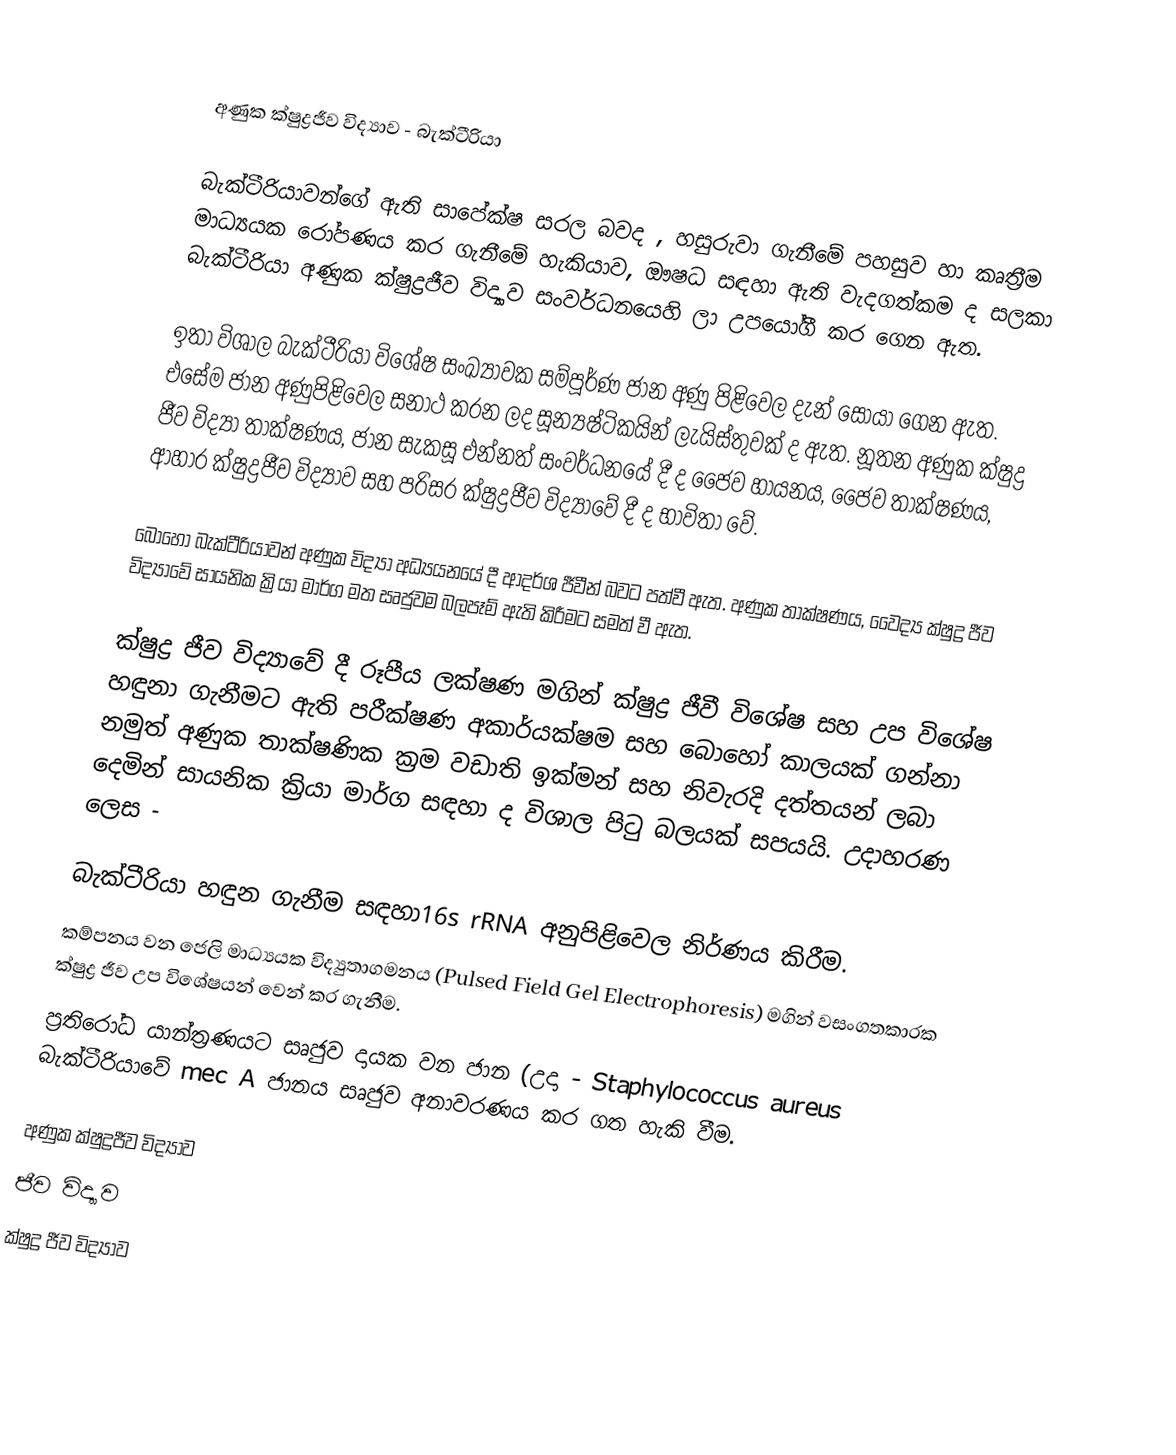

අණුක ක්ෂුද්‍රජීව විද්‍යාව - බැක්ටීරියා

බැක්ටීරියාවන්ගේ ඇති සාපේක්ෂ සරල බවද , හසුරුවා ගැනීමේ පහසුව හා කෘත්‍රීම මාධ්‍යයක රෝපණය කර ගැනීමේ හැකියාව, ඖෂධ සඳහා ඇති වැදගත්කම ද සලකා බැක්ටීරියා අණුක ක්ෂුද්‍රජීව විද්‍යාව සංවර්ධනයෙහි ලා උපයෝගී කර ගෙන ඇත.

ඉතා විශාල බැක්ටීරියා විශේෂ සංඛ්‍යාවක සම්පූර්ණ ජාන අණු පිළිවෙල දැන් සොයා ගෙන ඇත. එසේම ජාන අණුපිළිවෙල සනාථ කරන ලද සූන්‍යෂ්ටිකයින් ලැයිස්තුවක් ද ඇත. නූතන අණුක ක්ෂුද්‍ර ජීව විද්‍යා තාක්ෂණය, ජාන සැකසූ එන්නත් සංවර්ධනයේ දී ද ජෛව හායනය,  ජෛව තාක්ෂණය, ආහාර ක්ෂුද්‍රජීව විද්‍යාව සහ පරිසර ක්ෂුද්‍රජීව විද්‍යාවේ දී ද භාවිතා වේ.

බොහෝ බැක්ටීරියාවන් අණුක විද්‍යා අධ්‍යයනයේ දී ආදර්ශ ජීවීන් බවට පත්වී ඇත. අණුක තාක්ෂණය, වෛද්‍ය ක්ෂුද්‍ර ජීව විද්‍යාවේ සායනික ක්‍රියා මාර්ග මත සෘජුවම බලපෑම් ඇති කිරීමට සමත් වී ඇත.

ක්ෂුද්‍ර ජීව විද්‍යාවේ දී රූපීය ලක්ෂණ මගින් ක්ෂුද්‍ර ජීවී විශේෂ සහ උප විශේෂ හඳුනා ගැනීමට ඇති පරීක්ෂණ අකාර්යක්ෂම සහ බොහෝ කාලයක් ගන්නා නමුත්  අණුක තාක්ෂණික  ක්‍රම වඩාති ඉක්මන් සහ නිවැරදි දත්තයන් ලබා දෙමින් සායනික ක්‍රියා මාර්ග සඳහා ද විශාල පිටු බලයක් සපයයි. උදාහරණ ලෙස -

බැක්ටීරියා හඳුන ගැනීම සඳහා16s rRNA අනුපිළිවෙල නිර්ණය කිරීම.
කම්පනය වන ජෙලි මාධ්‍යයක  විද්‍යුතාගමනය (Pulsed Field Gel Electrophoresis) මගින් වසංගතකාරක ක්ෂුද්‍ර ජීව උප විශේෂයන් වෙන් කර ගැනීම.
ප්‍රතිරෝධ යාන්ත්‍රණයට සෘජුව දායක වන ජාන (උදා -   Staphylococcus aureus බැක්ටීරියාවේ mec A ජානය  සෘජුව අනාවරණය කර ගත හැකි වීම.

අණුක ක්ෂුද්‍රජීව විද්‍යාව
ජීව විද්‍යාව
ක්ෂුද්‍ර ජීව විද්‍යාව